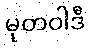
မုတဝါဒီ